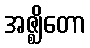
အဇ္ဈိတော